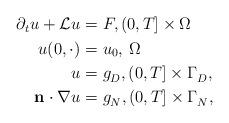
LaTeX: \begin{align*} \begin{aligned}\partial_t u + \mathcal{L} u=&\ F, (0,T] \times \Omega \\u(0,\cdot) =&\ u_0, \, \Omega \\ u= &\ g_D^{}, (0,T] \times \Gamma_D^{},\\\mathbf{n}\cdot \nabla u= &\ g_N^{}, (0,T] \times \Gamma_N^{},\end{aligned}\end{align*}